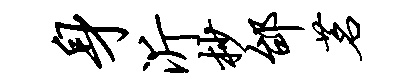
身沂杪邰茗